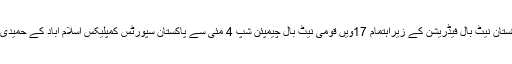
26 اپریل2018ء) پاکستان نیٹ بال فیڈریشن کے زیراہتمام 17ویں قومی نیٹ بال چیمپئن شپ 4 مئی سے پاکستان سپورٹس کمپلیکس اسلام آباد کے حمیدی ہال میں شروع ہوگی ۔